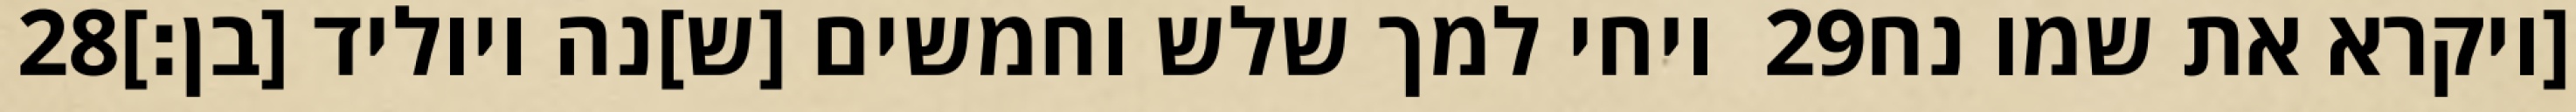
‎28‏ ויחי למך שלש וחמשים [ש]נה ויוליד [בן׃] ‎29‏ [ויקרא את שמו נח